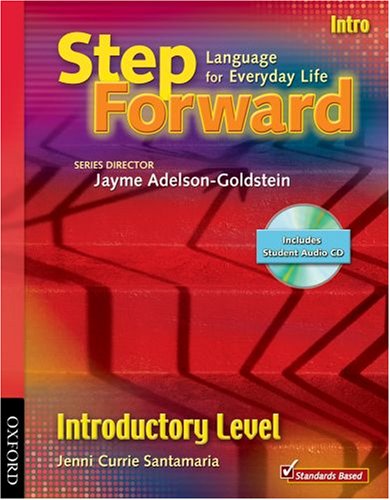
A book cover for Step Forward Intro Student Book with Audio CD and Workbook Pack; Jenni Currie Santamaria; Reference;